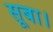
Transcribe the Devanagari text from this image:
सूबा।